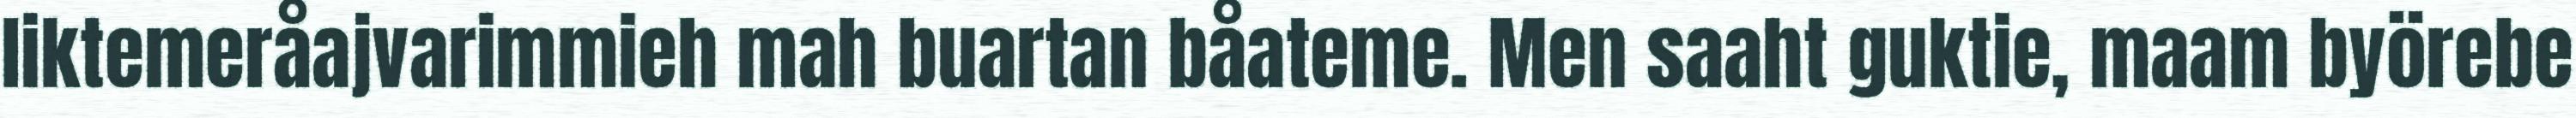
liktemeråajvarimmieh mah buartan båateme. Men saaht guktie, maam byörebe